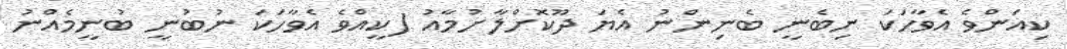
ކިއަންވެ އެވާހަކަ ނިބެނީ ބެނިންނު އެޔަ ދޫކޮށްލާށުމާއު (ކީއްވެ އެވާހަކަ ނުބުނީ ބުނީމެއްނު